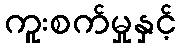
ကူးစက်မှုနှင့်